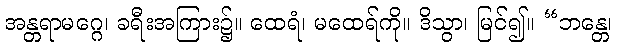
အန္တရာမဂ္ဂေ၊ ခရီးအကြား၌။ ထေရံ၊ မထေရ်ကို။ ဒိသွာ၊ မြင်၍။ “ဘန္တေ၊